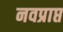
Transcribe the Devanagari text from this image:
नवप्राप्त